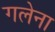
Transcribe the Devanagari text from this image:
गलेना